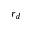
r _ { d }